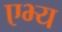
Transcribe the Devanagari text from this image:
एभ्य